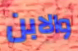
والابن